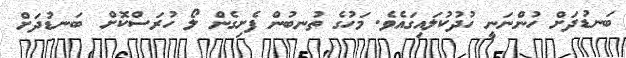
ބަނޑުދަށް ހުންނަނީ ހުދުކުލައިގައެވެ. މަހުގެ ތުނބުން ފެށިގެން ލޯ ހުރަސްކޮށް  ބަނޑުދަށް